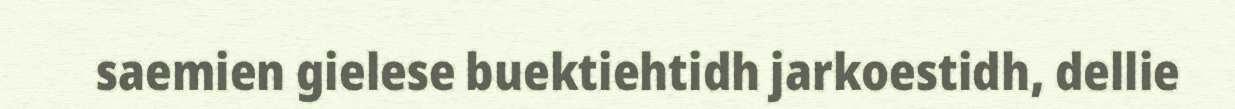
saemien gielese buektiehtidh jarkoestidh, dellie